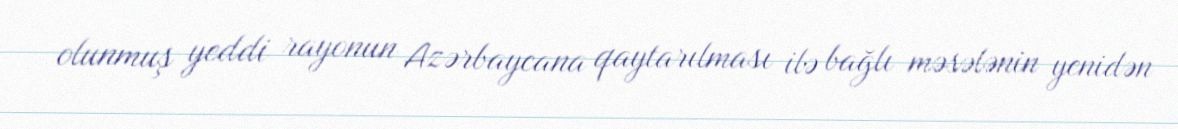
olunmuş yeddi rayonun Azərbaycana qaytarılması ilə bağlı məsələnin yenidən